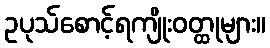
ဥပုသ်စောင့်ရကျိုးဝတ္ထုများ။